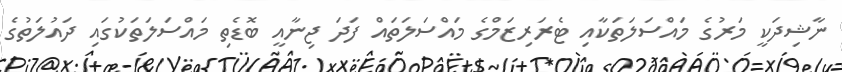
ނާޝިދަކީ މަރުގެ މައްސަލަތަކާއި ޓެރަރިޒަމްގެ މައްސަލަތައް ފަދަ ޖިނާއީ ބޮޑެތި މައްސަލަތަކުގައި ދައުލަތުގެ